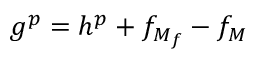
g ^ { p } = h ^ { p } + f _ { M _ { f } } - f _ { M }